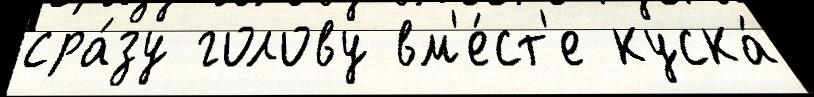
сра́зу голову вм'е́ст'е куска́